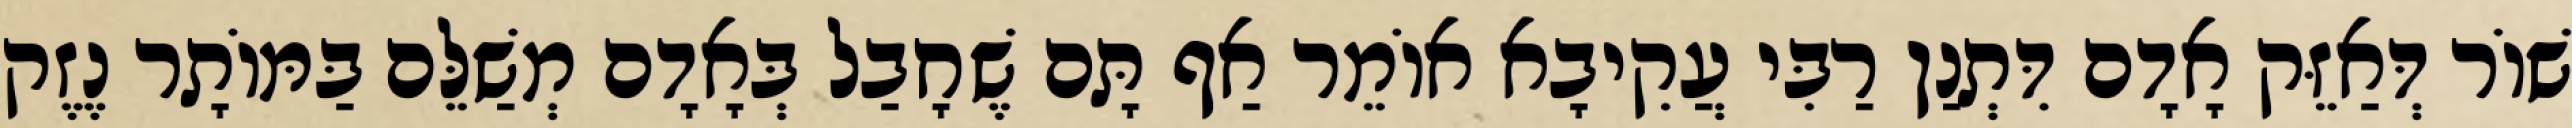
שׁוֹר דְּאַזֵּק אָדָם דִּתְנַן רַבִּי עֲקִיבָא אוֹמֵר אַף תָּם שֶׁחָבַל בְּאָדָם מְשַׁלֵּם בַּמּוֹתָר נֶזֶק